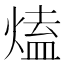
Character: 熆